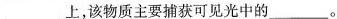
___上，该物质主要捕获可见光中的___。